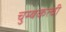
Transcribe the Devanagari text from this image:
चुम्बकत्वी